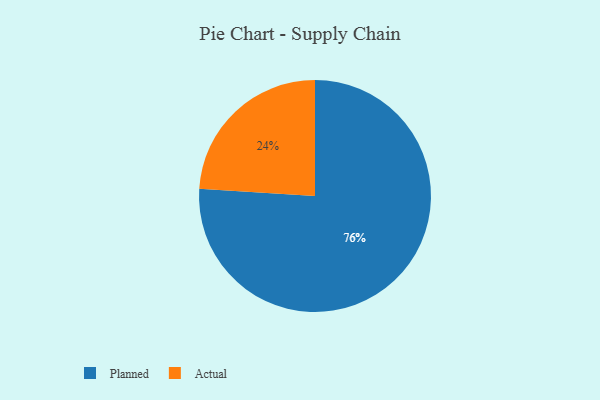
{"axis": {"x": "Category", "y": "Percentage"}, "legend": ["Actual", "Planned"], "data": [{"x": "Planned", "y": 76, "type": "Planned"}, {"x": "Actual", "y": 24, "type": "Actual"}]}